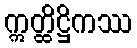
ဣတ္ထိဋ္ဌိကဿ